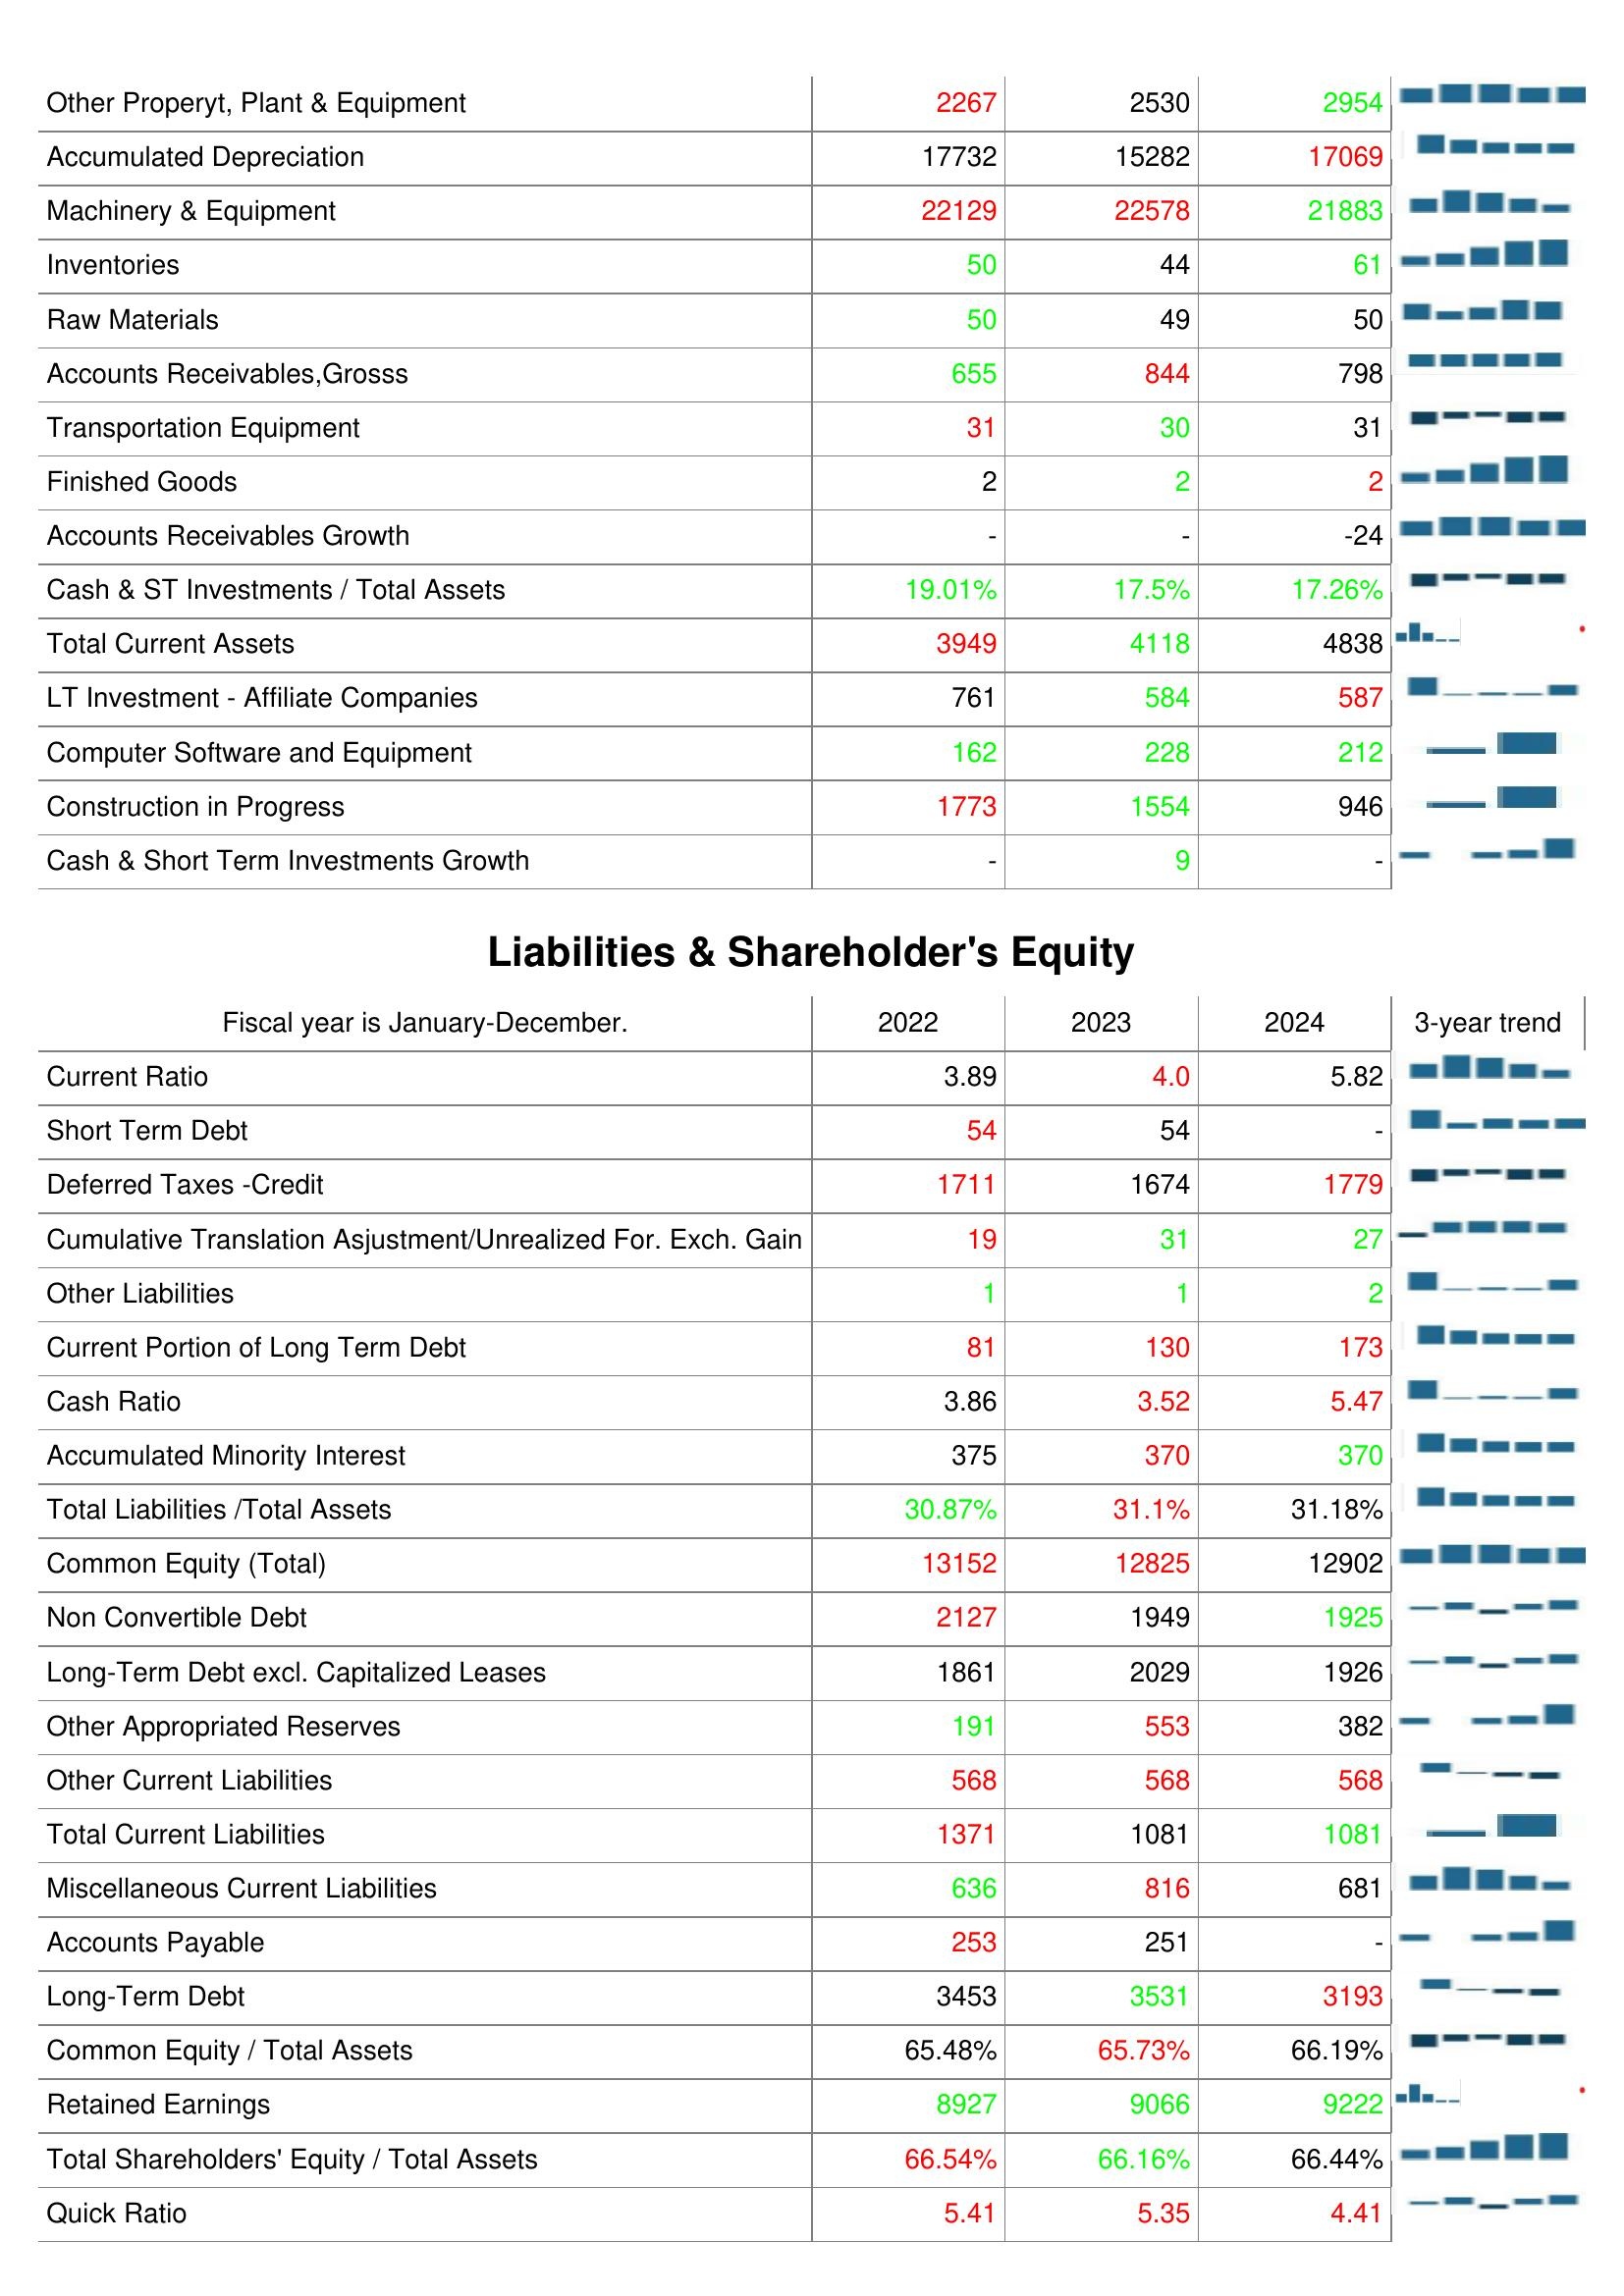
2022: Assets: Other Properyt, Plant & Equipment: 2267
Accumulated Depreciation: 17732
Machinery & Equipment: 22129
Inventories: 50
Raw Materials: 50
Accounts Receivables,Grosss: 655
Transportation Equipment: 31
Finished Goods: 2
Accounts Receivables Growth: -
Cash & ST Investments / Total Assets: 19.01%
Total Current Assets: 3949
LT Investment - Affiliate Companies: 761
Computer Software and Equipment: 162
Construction in Progress: 1773
Cash & Short Term Investments Growth: -
Liabilities & Shareholder's Equity: Current Ratio: 3.89
Short Term Debt: 54
Deferred Taxes -Credit: 1711
Cumulative Translation Asjustment/Unrealized For. Exch. Gain: 19
Other Liabilities: 1
Current Portion of Long Term Debt: 81
Cash Ratio: 3.86
Accumulated Minority Interest: 375
Total Liabilities /Total Assets: 30.87%
Common Equity (Total): 13152
Non Convertible Debt: 2127
Long-Term Debt excl. Capitalized Leases: 1861
Other Appropriated Reserves: 191
Other Current Liabilities: 568
Total Current Liabilities: 1371
Miscellaneous Current Liabilities: 636
Accounts Payable: 253
Long-Term Debt: 3453
Common Equity / Total Assets: 65.48%
Retained Earnings: 8927
Total Shareholders' Equity / Total Assets: 66.54%
Quick Ratio: 5.41
2023: Assets: Other Properyt, Plant & Equipment: 2530
Accumulated Depreciation: 15282
Machinery & Equipment: 22578
Inventories: 44
Raw Materials: 49
Accounts Receivables,Grosss: 844
Transportation Equipment: 30
Finished Goods: 2
Accounts Receivables Growth: -
Cash & ST Investments / Total Assets: 17.5%
Total Current Assets: 4118
LT Investment - Affiliate Companies: 584
Computer Software and Equipment: 228
Construction in Progress: 1554
Cash & Short Term Investments Growth: 9
Liabilities & Shareholder's Equity: Current Ratio: 4.0
Short Term Debt: 54
Deferred Taxes -Credit: 1674
Cumulative Translation Asjustment/Unrealized For. Exch. Gain: 31
Other Liabilities: 1
Current Portion of Long Term Debt: 130
Cash Ratio: 3.52
Accumulated Minority Interest: 370
Total Liabilities /Total Assets: 31.1%
Common Equity (Total): 12825
Non Convertible Debt: 1949
Long-Term Debt excl. Capitalized Leases: 2029
Other Appropriated Reserves: 553
Other Current Liabilities: 568
Total Current Liabilities: 1081
Miscellaneous Current Liabilities: 816
Accounts Payable: 251
Long-Term Debt: 3531
Common Equity / Total Assets: 65.73%
Retained Earnings: 9066
Total Shareholders' Equity / Total Assets: 66.16%
Quick Ratio: 5.35
2024: Assets: Other Properyt, Plant & Equipment: 2954
Accumulated Depreciation: 17069
Machinery & Equipment: 21883
Inventories: 61
Raw Materials: 50
Accounts Receivables,Grosss: 798
Transportation Equipment: 31
Finished Goods: 2
Accounts Receivables Growth: -24
Cash & ST Investments / Total Assets: 17.26%
Total Current Assets: 4838
LT Investment - Affiliate Companies: 587
Computer Software and Equipment: 212
Construction in Progress: 946
Cash & Short Term Investments Growth: -
Liabilities & Shareholder's Equity: Current Ratio: 5.82
Short Term Debt: -
Deferred Taxes -Credit: 1779
Cumulative Translation Asjustment/Unrealized For. Exch. Gain: 27
Other Liabilities: 2
Current Portion of Long Term Debt: 173
Cash Ratio: 5.47
Accumulated Minority Interest: 370
Total Liabilities /Total Assets: 31.18%
Common Equity (Total): 12902
Non Convertible Debt: 1925
Long-Term Debt excl. Capitalized Leases: 1926
Other Appropriated Reserves: 382
Other Current Liabilities: 568
Total Current Liabilities: 1081
Miscellaneous Current Liabilities: 681
Accounts Payable: -
Long-Term Debt: 3193
Common Equity / Total Assets: 66.19%
Retained Earnings: 9222
Total Shareholders' Equity / Total Assets: 66.44%
Quick Ratio: 4.41